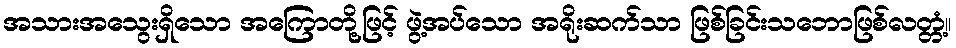
အသားအသွေးရှိသော အကြောတို့ဖြင့် ဖွဲ့အပ်သော အရိုးဆက်သာ ဖြစ်ခြင်းသဘောဖြစ်လတ္တံ့။